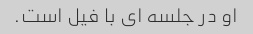
او در جلسه ای با فیل است.